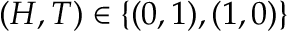
( H , T ) \in \{ ( 0 , 1 ) , ( 1 , 0 ) \}